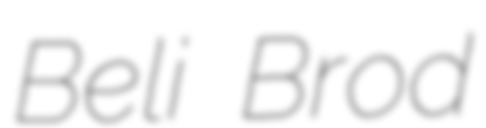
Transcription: Beli Brod